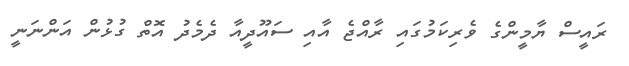
ރައީސް ޔާމީންގެ ވެރިކަމުގައި ރާއްޖެ އާއި ސައޫދީއާ ދެމެދު އޮތް ގުޅުން އަންނަނީ